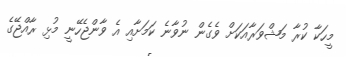
މީހަކާ ކުރާ މަޝްވަރާއަކަށް ވެގެން ނުވާނެ ކަމަށާއި އެ ވާންޖެހޭނީ މުޅި ރާއްޖޭގެ